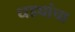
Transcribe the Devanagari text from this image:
धड्यांचा